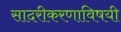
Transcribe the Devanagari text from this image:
सादरीकरणाविषयी